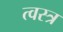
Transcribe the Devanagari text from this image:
त्वस्त्र